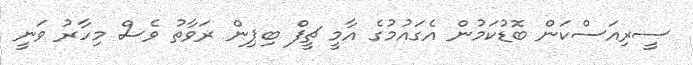
ސީރިއަސްކަން ބޮޑުކަމުން އެގައުމުގެ އާމީ ޗީފް ބިޕިން ރަވާތު ވެސް މިހާރު ވަނީ